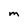
Character: M